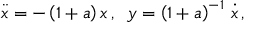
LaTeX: \ddot { x } = - \left( 1 + a \right) x \, , \; \; y = \left( 1 + a \right) ^ { - 1 } \, \dot { x } \, ,